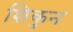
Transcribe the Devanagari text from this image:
शिकुन